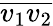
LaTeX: {\overline{{v_{1}v_{2}}}}